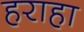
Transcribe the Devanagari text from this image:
हराहा